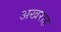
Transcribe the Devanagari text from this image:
अखराह